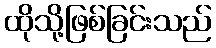
ထိုသို့ဖြစ်ခြင်းသည်